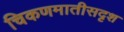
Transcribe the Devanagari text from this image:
चिकणमातीसदृश